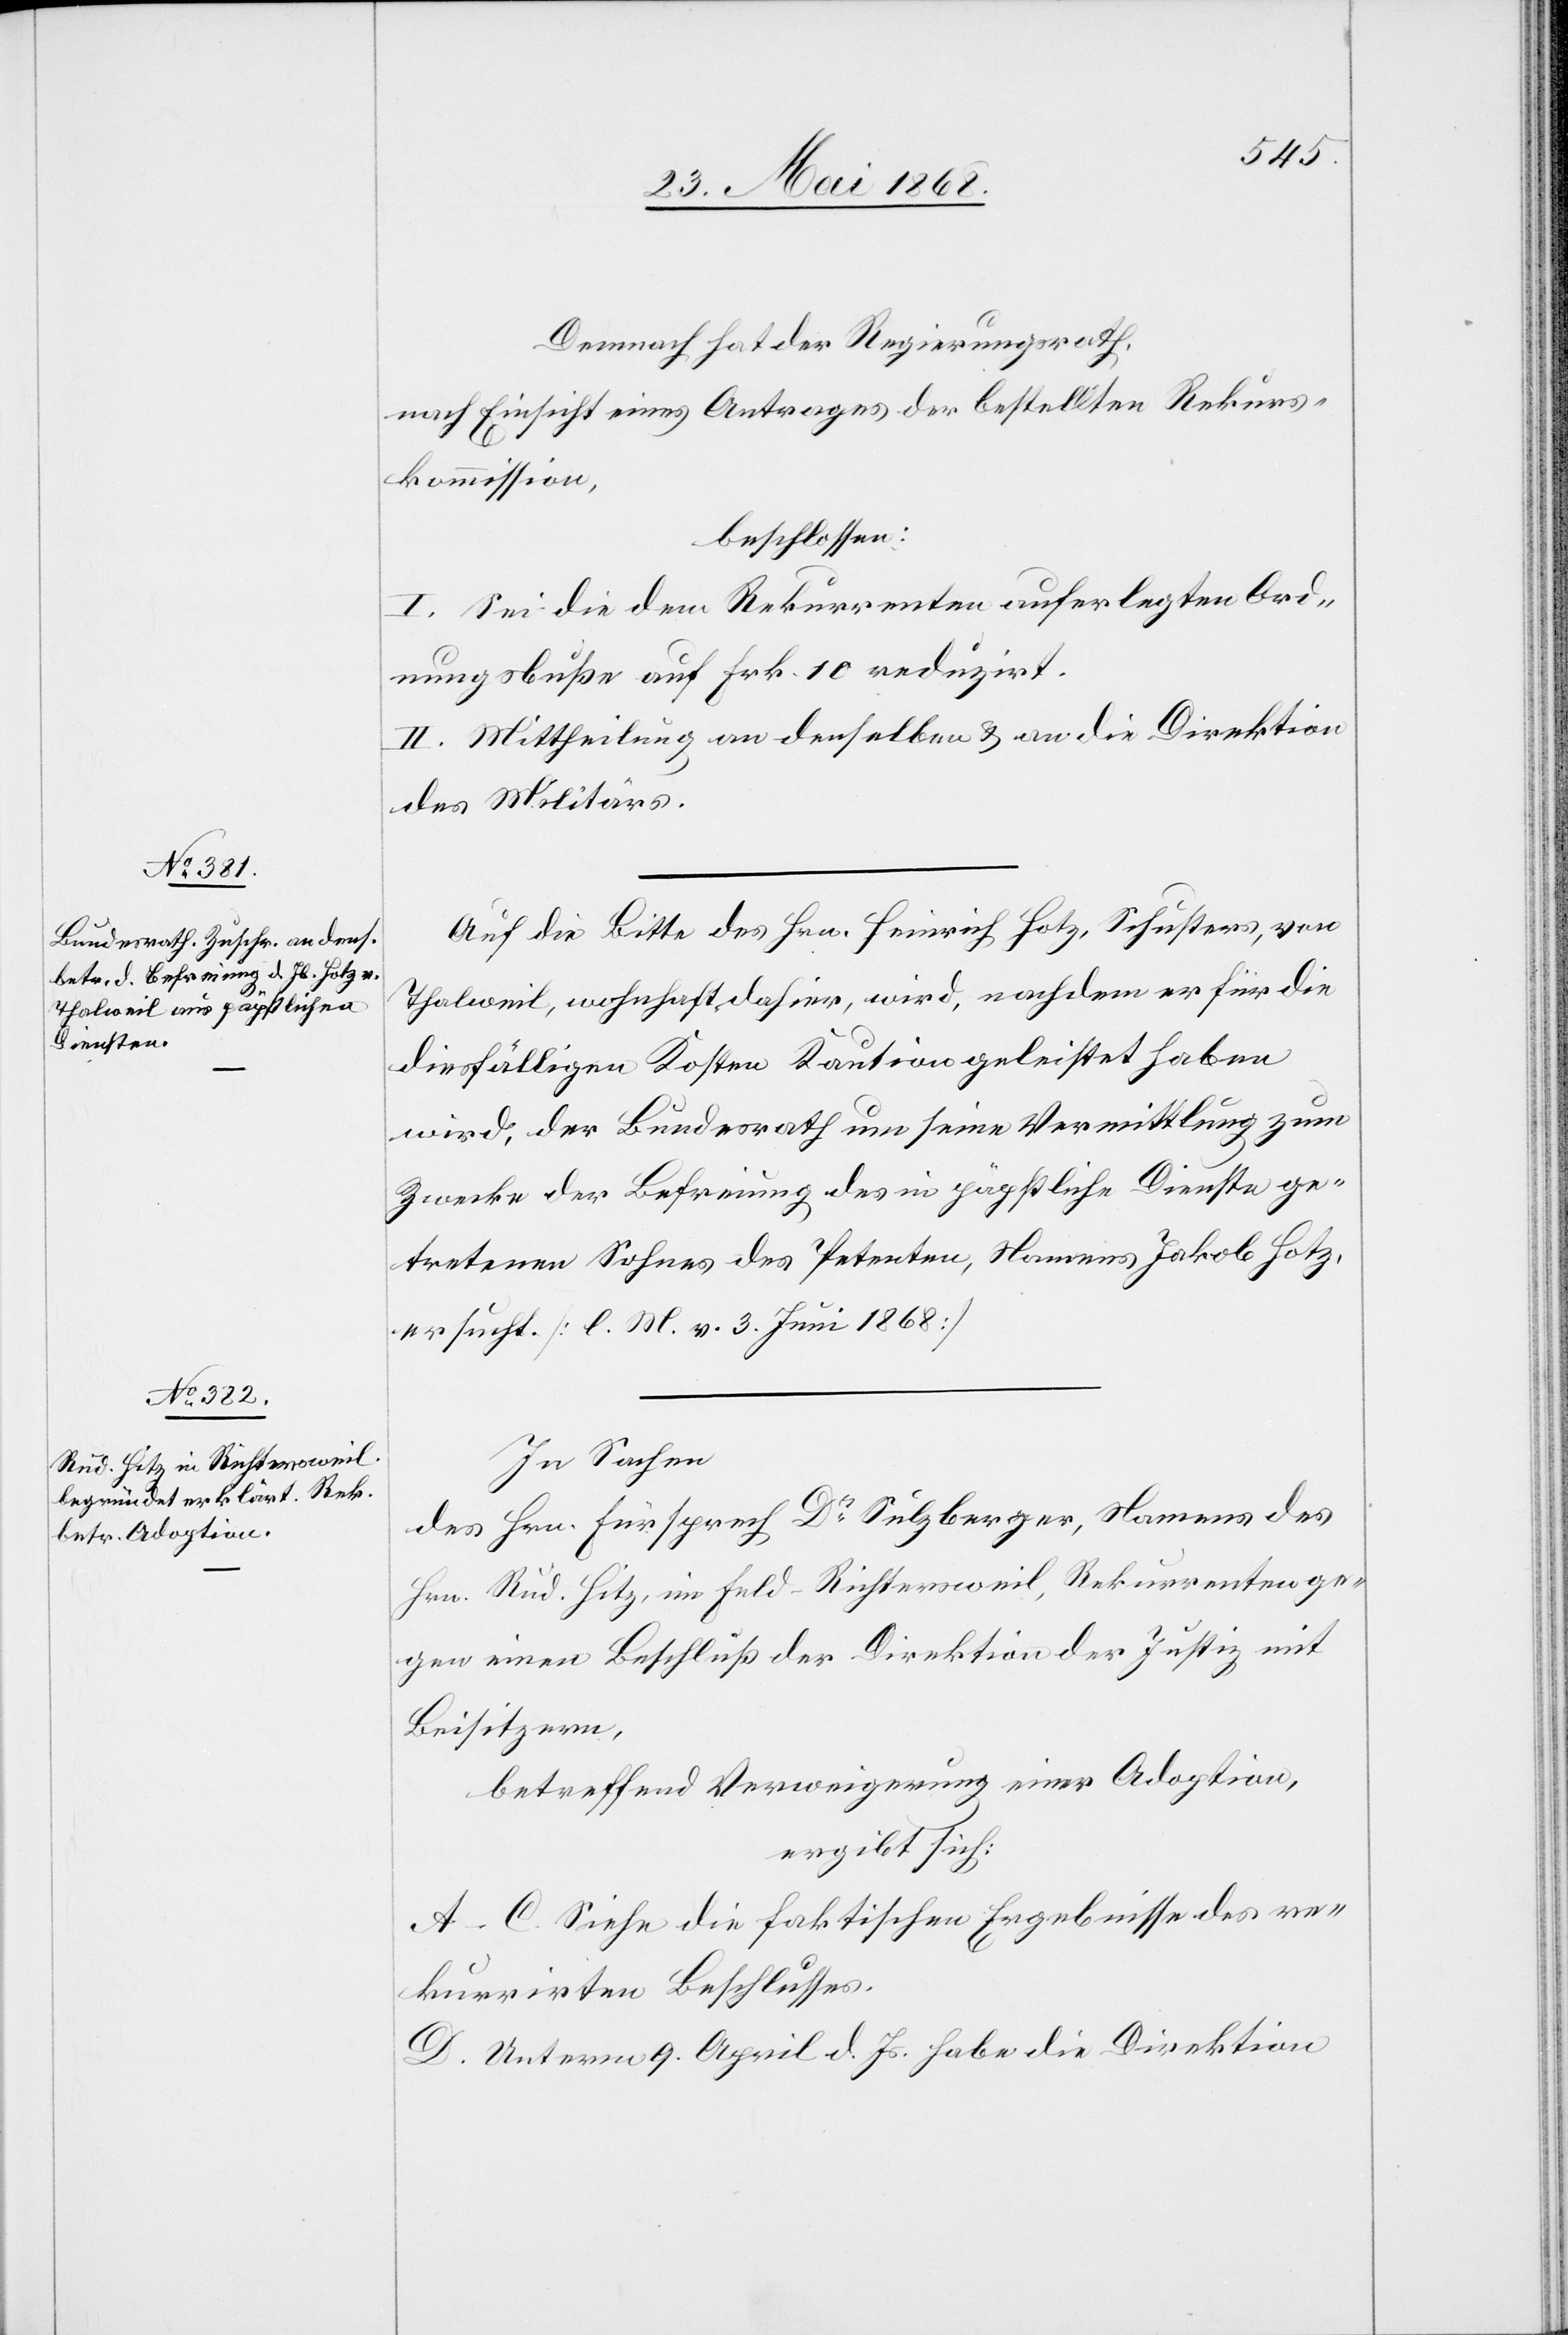
Demnach hat der Regierungsrath,
nach Einsicht eines Antrages der bestellten Rekurs¬
kommission,
beschlossen:
I. Sei die dem Rekurrenten auferlegten Ord¬
nungsbuße auf Frk. 10 reduzirt.
II. Mittheilung an denselben & an die Direktion
des Militärs.
Auf die Bitte des Hrn. Heinrich Hotz, Schusters, von
Thalweil, wohnhaft dahier, wird, nachdem er für die
diesfälligen Kosten Kaution geleistet haben
wird, der Bundesrath um seine Vermittlung zum
Zwecke der Befreiung des in päpstliche Dienste ge¬
tretenen Sohnes des Petenten, Namens Jakob Hotz,
ersucht. [l. M. v. 3. Juni 1868]
In Sachen
des Hrn. Fürsprech Dr. Sulzberger, Namens des
Hrn. Rud. Hitz, im Feld-Richtersweil, Rekurrenten ge¬
gen einen Beschluß der Direktion der Justiz mit
Beisitzern,
betreffend Verweigerung einer Adoption,
ergibt sich:
A–C. Siehe die faktischen Ergebnisse des re¬
kurrirten Beschlusses.
D. Unterm 9. April d. Js. habe die Direktion